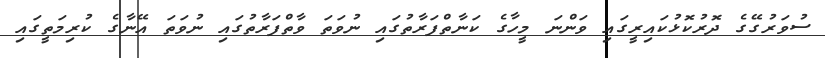
ސުވަރުގޭގެ ދޮރުކޮޅުކައިރީގައި ވަންނަ މީހާގެ ކަނާތްފަރާތުގައި ނުވަތަ ވާތްފަރާތުގައި ނުވަތަ އޭނާގެ ކުރިމަތީގައި